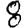
Digit: 8